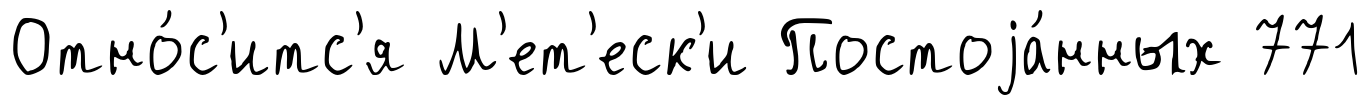
Отно́с'итс'я М'ет'еск'и Постоjа́нных 771